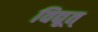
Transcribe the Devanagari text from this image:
विद्यूत्‌